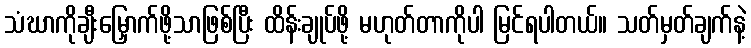
သံဃာကိုချီးမြှောက်ဖို့သာဖြစ်ပြီး ထိန်းချုပ်ဖို့ မဟုတ်တာကိုပါ မြင်ရပါတယ်။ သတ်မှတ်ချက်နဲ့